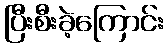
ပြီးစီးခဲ့ကြောင်း